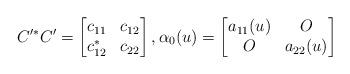
LaTeX: \begin{gather*}C^{\prime\ast}C^{\prime}=\begin{bmatrix}c_{11} & c_{12}\\c_{12}^{\ast} & c_{22}\end{bmatrix},\alpha_{0}(u) =\begin{bmatrix}a_{11}(u) & O\\O & a_{22}(u)\end{bmatrix}\end{gather*}